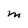
Character: M